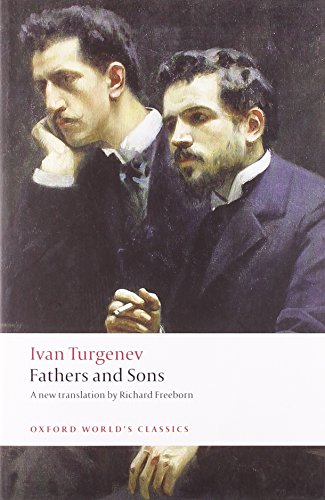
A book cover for Fathers and Sons (Oxford World's Classics); Ivan Turgenev; Literature & Fiction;